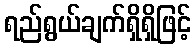
ရည်ရွယ်ချက်ရှိရှိဖြင့်